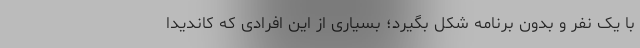
با یک نفر و بدون برنامه شکل بگیرد؛ بسیاری از این افرادی که کاندیدا